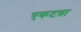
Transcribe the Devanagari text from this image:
एकटय़ा